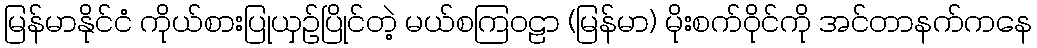
မြန်မာနိုင်ငံ ကိုယ်စားပြုယှဉ်ပြိုင်တဲ့ မယ်စကြဝဠာ (မြန်မာ) မိုးစက်ဝိုင်ကို အင်တာနက်ကနေ